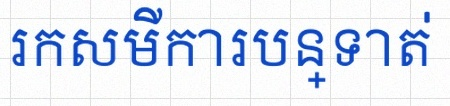
រកសមីការបន្ទាត់